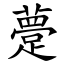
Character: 䠢